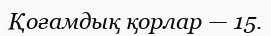
Қоғамдық қорлар — 15.